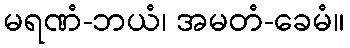
မရဏံ-ဘယံ၊ အမတံ-ခေမံ။